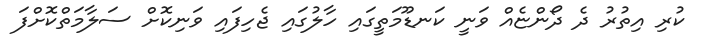
ކުރި އިތުރު ދެ ދޯންޏެއް ވަނީ ކަނޑޫމަތީގައި ހާލުގައި ޖެހިފައި ވަނިކޮށް ސަލާމަތްކޮށްފަ